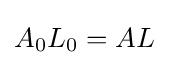
A_{0}L_{0}=AL